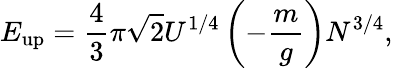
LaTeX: E_{\mathrm{up}}={\frac{4}{3}}\pi{\sqrt{2}}U^{1/4}\left(-{\frac{m}{g}}\right)N^{3/4},